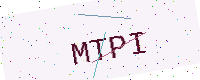
Text: MTPI